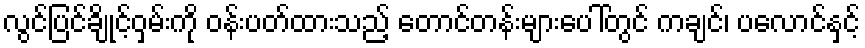
လွင်ပြင်ချိုင့်ဝှမ်းကို ဝန်းပတ်ထားသည့် တောင်တန်းများပေါ်တွင် ကချင်၊ ပလောင်နှင့်